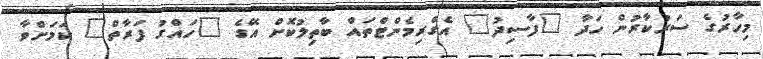
މިހާރުގެ ސަރުކާރުން ހަދާ "ފާސިދު" އެގްރިމެންޓްތައް ބާތިލުކޮށް އޭގެ "ހައްގު ފަރާތް" ކަމަށްވާ